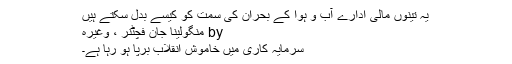
یہ تینوں مالی ادارے آب و ہوا کے بحران کی سمت کو کیسے بدل سکتے ہیں
by منگولینا جان فچٹنر ، وغیرہ
سرمایہ کاری میں خاموش انقلاب برپا ہو رہا ہے۔